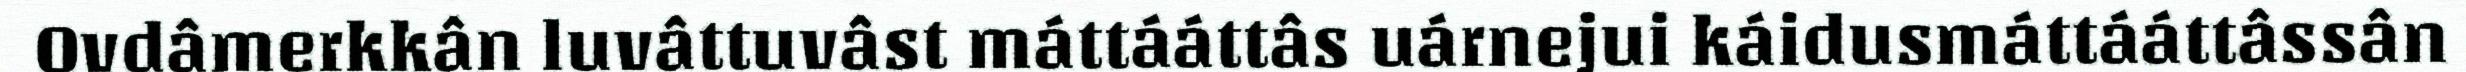
Ovdâmerkkân luvâttuvâst máttááttâs uárnejui káidusmáttááttâssân